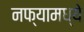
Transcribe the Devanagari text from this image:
नफ्यामध्ये